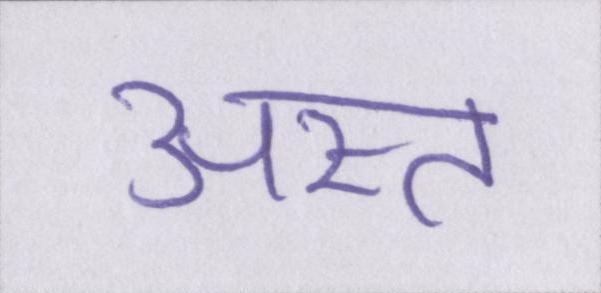
अस्त